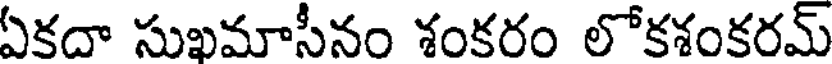
ఏకదా సుఖమాసీనం శంకరం లోకశంకరమ్